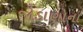
જોડાણોના